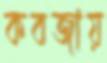
কবজায়